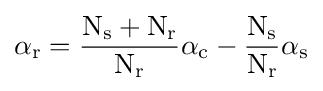
\alpha _{\text{r}}={\frac {{\text{N}}_{\text{s}}+{\text{N}}_{\text{r}}}{{\text{N}}_{\text{r}}}}\alpha _{\text{c}}-{\frac {{\text{N}}_{\text{s}}}{{\text{N}}_{\text{r}}}}\alpha _{\text{s}}